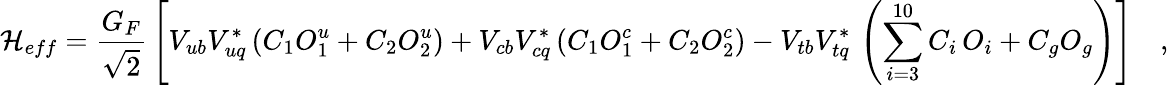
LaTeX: {\cal H}_{eff}=\frac{G_{F}}{\sqrt{2}}\, \left[V_{ub}V_{uq}^{*}\left(C_{1}O_{1}^{u}+C_{2}O_{2}^{u}\right)+V_{cb}V_{cq}^{*}\left(C_{1}O_{1}^{c}+C_{2}O_{2}^{c}\right)-V_{tb}V_{tq}^{*}\, \left(\sum_{i=3}^{10}C_{i}\, O_{i}+C_{g}O_{g}\right)\right]\quad,